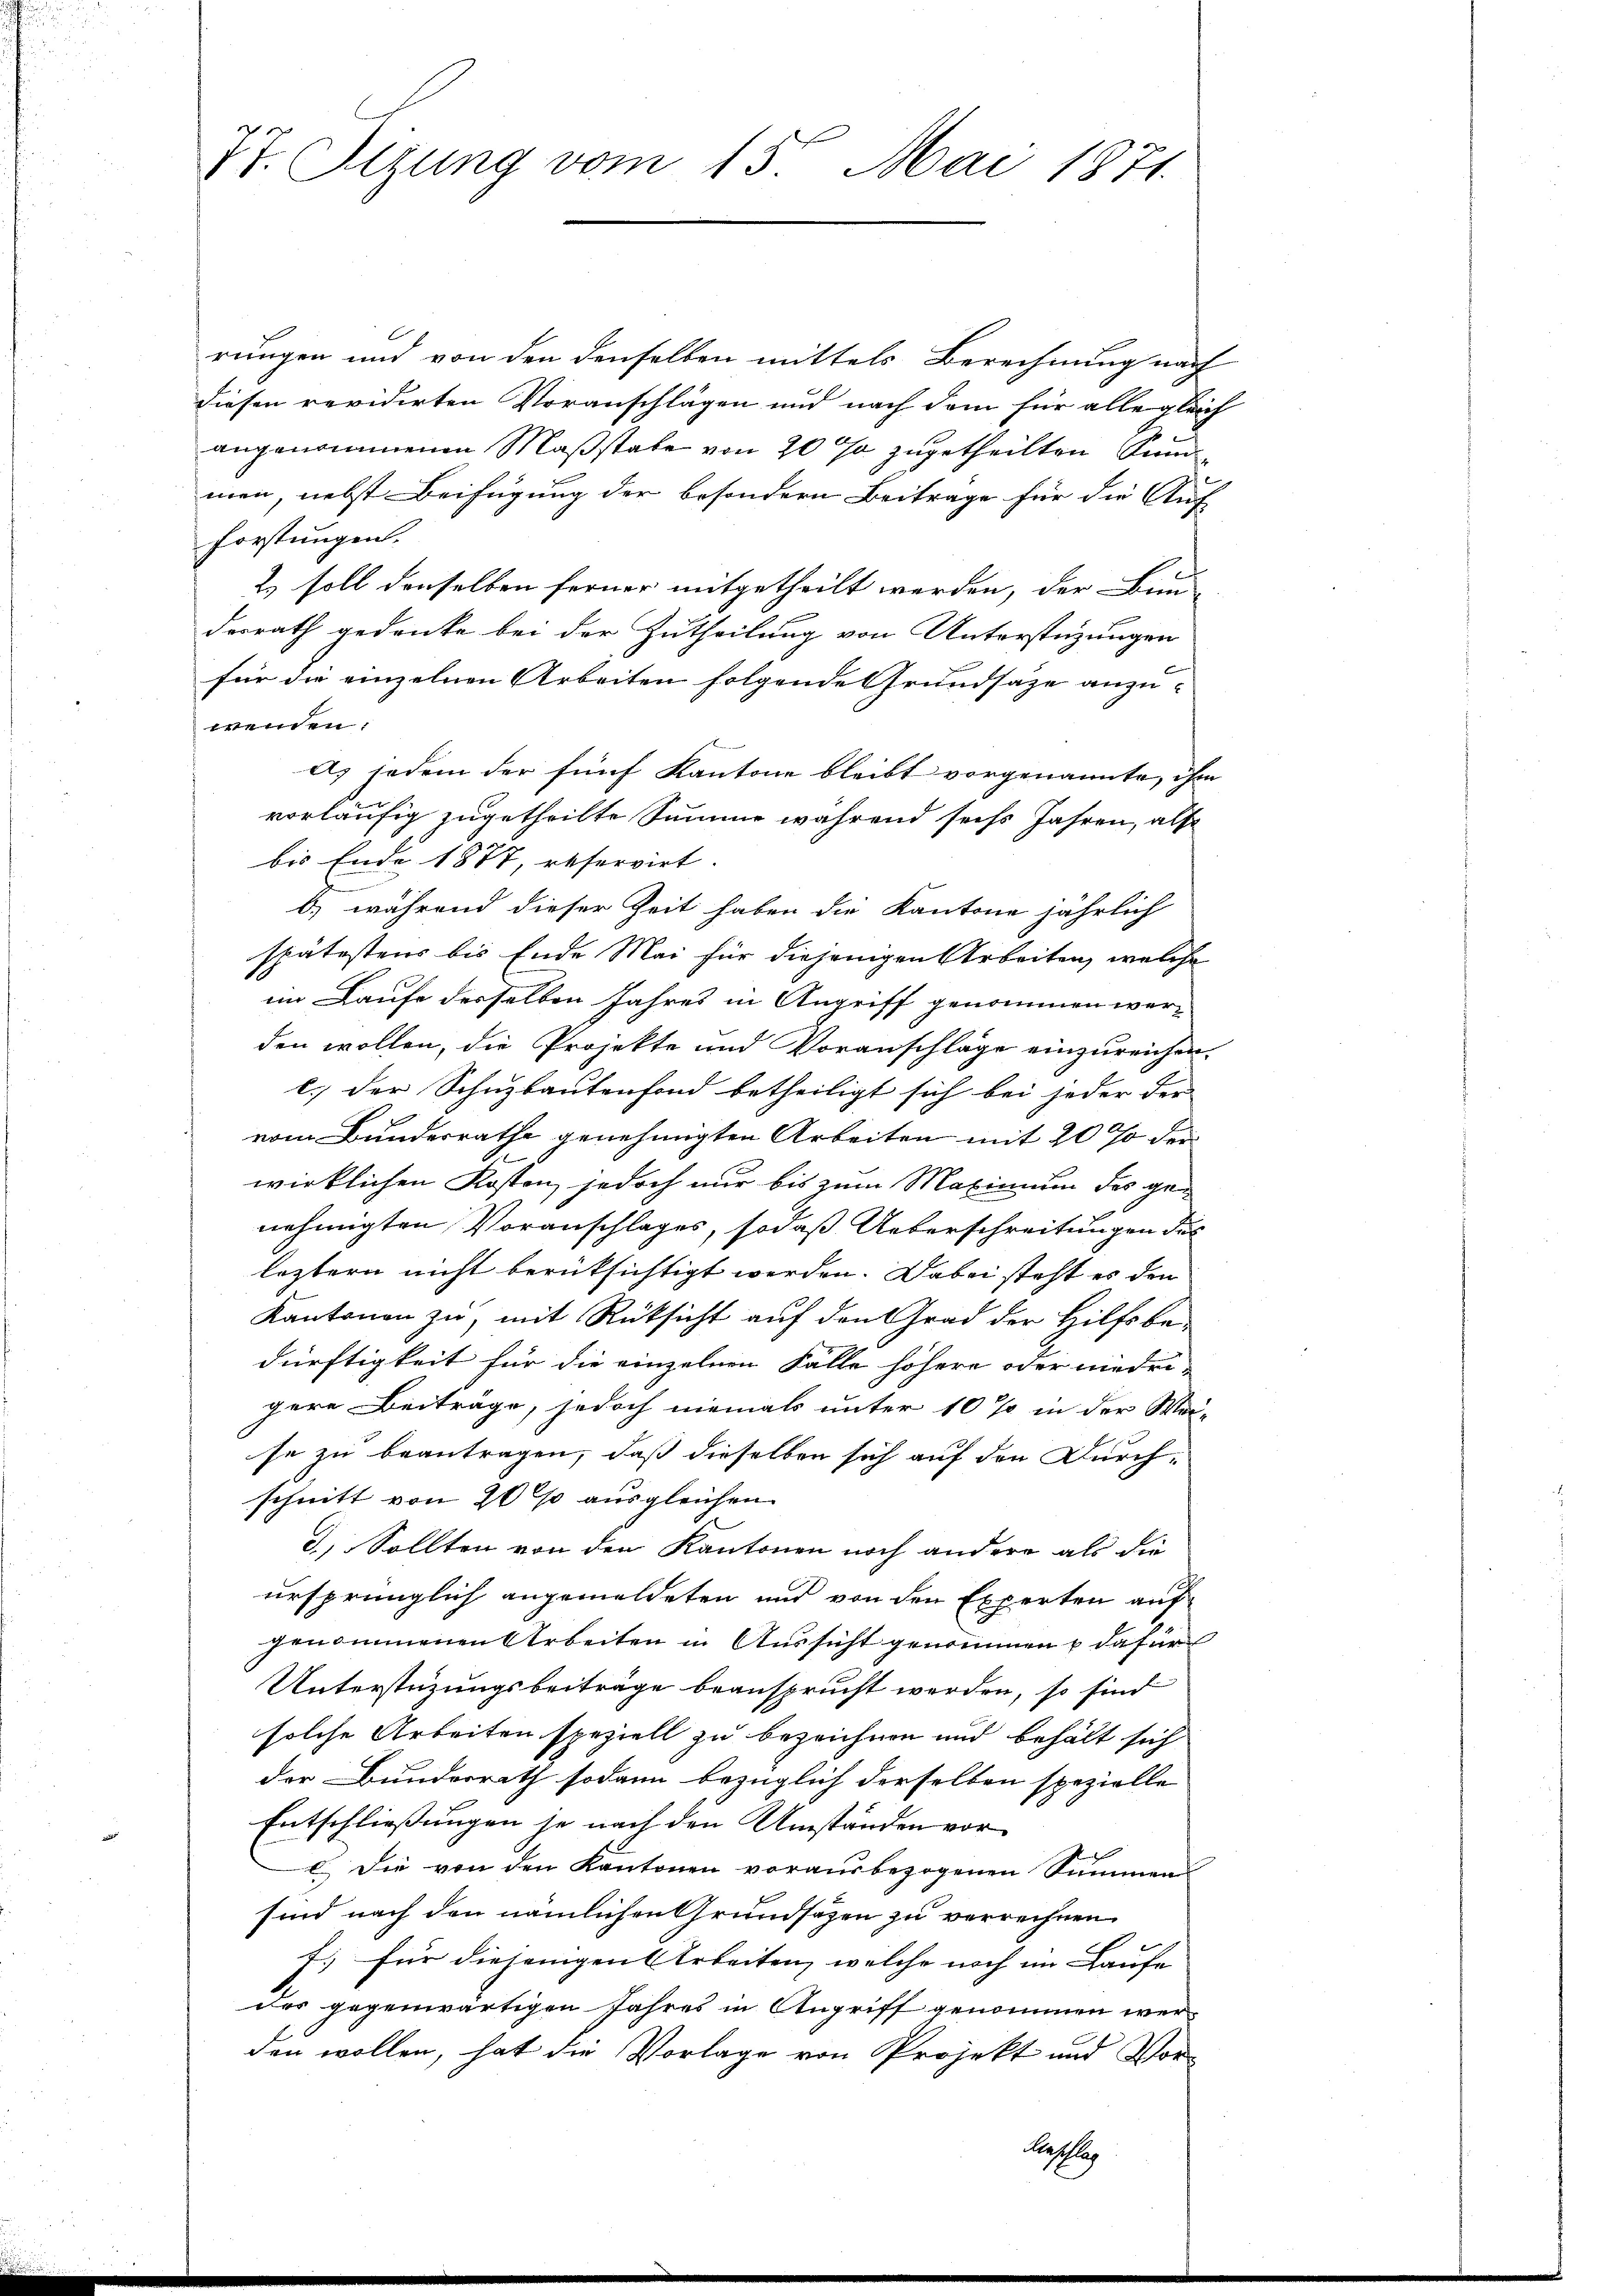
77. Sizung vom 15. Mai 1871.

rungen und von den denselben mittels Berechnung nach
diesen revidirten Voranschlägen und nach dem für alle gleich
angenommenen Maßstabe von 20 % zugetheilten und
men, nebst Beifügung der besondern Beitrage für die Auf
forstungen.
2) soll denselben ferner mitgetheilt werden, der Bun-
derrath gedenke bei der Zutheilung von Unterstüzungen
für die einzelnen Arbeiten folgende Grundsaze anzu-
wenden.
A) jedem der fünf Kantone bleibt vorgenannte, ihm
vorläufig zugetheilte Summe während sechs Jahren, als
bis Ende 1877, reservirt.
b) während dieser Zeit haben die Kantone jährlich
spätestens bis Ende Mai für diejenigen Arbeiten, welche
im Laufe desselben Jahres in Angriff genommen werden wollen, die Projekte und Voranschläge einzureichen.
c.) der Schuzbautenfond betheiligt sich bei jeder der |
vom Bundesrathe genehmigten Arbeiten mit 20 % der
wirklichen Kosten, jedoch nur bis zum Maxinium des genehmigten Voranschlages, sodaß Ueberschreitungen des
leztern nicht berüksichtigt werden. Dabei steht es den
Kantonen zu, mit Rücksicht auf den Grad der Hilfsbe-
dürftigkeit für die einzelnen Fälle höhere oder niedrigere Beiträge, jedoch niemals unter 10 % in der Wei-
se zu beantragen, daß dieselben sich auf den Durch-
schnitt von 20 % ausgleichen
3.) Sollten von den Kantonen noch andere als die
ursprünglich angemeldeten und von den Experten auf
genommenen Arbeiten in Aussicht genommen u dafür
Unterstüzungsbeiträge beansprucht werden, so sind
solche Arbeiten speziell zu bezeichnen und behält sich
der Bunderrath sodann bezüglich derselben spezielle
Entschließungen je nach den Umständen vor
) Die von den Kantonen vorausbezogenen Summensind nach den nämlichen Grundsätzen zu verrechnen.
f. für diejenigen Arbeiten, welche noch im Laufe
der gegenwärtigen Jahres in Angriff genommen werden wollen, hat die Vorlage von Projekt und Vor-
Kesser